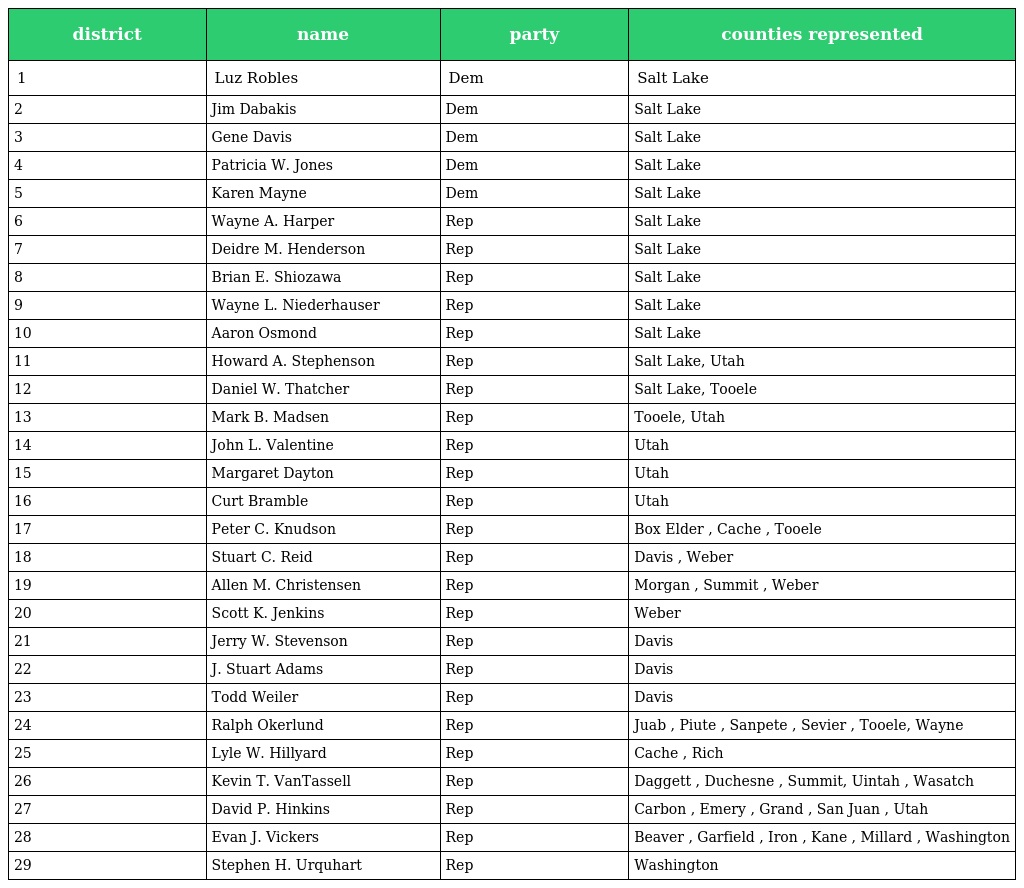
| district | name | party | counties represented |
 | --- | --- | --- | --- |
 | 1 | Luz Robles | Dem | Salt Lake |
 | 2 | Jim Dabakis | Dem | Salt Lake |
 | 3 | Gene Davis | Dem | Salt Lake |
 | 4 | Patricia W. Jones | Dem | Salt Lake |
 | 5 | Karen Mayne | Dem | Salt Lake |
 | 6 | Wayne A. Harper | Rep | Salt Lake |
 | 7 | Deidre M. Henderson | Rep | Salt Lake |
 | 8 | Brian E. Shiozawa | Rep | Salt Lake |
 | 9 | Wayne L. Niederhauser | Rep | Salt Lake |
 | 10 | Aaron Osmond | Rep | Salt Lake |
 | 11 | Howard A. Stephenson | Rep | Salt Lake, Utah |
 | 12 | Daniel W. Thatcher | Rep | Salt Lake, Tooele |
 | 13 | Mark B. Madsen | Rep | Tooele, Utah |
 | 14 | John L. Valentine | Rep | Utah |
 | 15 | Margaret Dayton | Rep | Utah |
 | 16 | Curt Bramble | Rep | Utah |
 | 17 | Peter C. Knudson | Rep | Box Elder , Cache , Tooele |
 | 18 | Stuart C. Reid | Rep | Davis , Weber |
 | 19 | Allen M. Christensen | Rep | Morgan , Summit , Weber |
 | 20 | Scott K. Jenkins | Rep | Weber |
 | 21 | Jerry W. Stevenson | Rep | Davis |
 | 22 | J. Stuart Adams | Rep | Davis |
 | 23 | Todd Weiler | Rep | Davis |
 | 24 | Ralph Okerlund | Rep | Juab , Piute , Sanpete , Sevier , Tooele, Wayne |
 | 25 | Lyle W. Hillyard | Rep | Cache , Rich |
 | 26 | Kevin T. VanTassell | Rep | Daggett , Duchesne , Summit, Uintah , Wasatch |
 | 27 | David P. Hinkins | Rep | Carbon , Emery , Grand , San Juan , Utah |
 | 28 | Evan J. Vickers | Rep | Beaver , Garfield , Iron , Kane , Millard , Washington |
 | 29 | Stephen H. Urquhart | Rep | Washington |